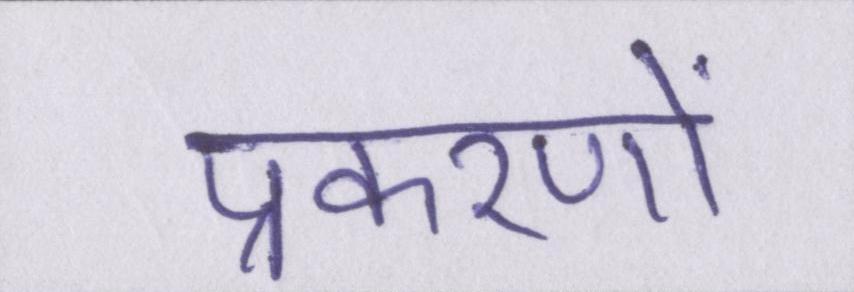
प्रकरणों